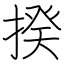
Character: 揆